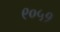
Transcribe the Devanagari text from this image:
९०५१